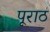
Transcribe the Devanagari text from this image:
पूराठ